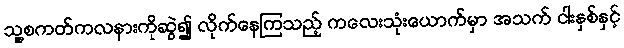
သူ့စကတ်ကလနားကိုဆွဲ၍ လိုက်နေကြသည့် ကလေးသုံးယောက်မှာ အသက် ငါးနှစ်နှင့်